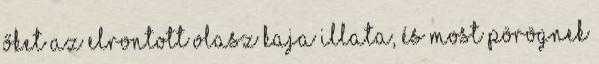
őket az elrontott olasz kaja illata, és most pörögnek